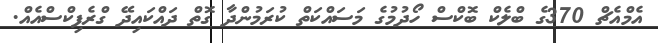
އެމްއެޗް 370ގެ ބްލެކް ބޮކްސް ހޯދުމުގެ މަސައްކަތް ކުރަމުުންދާ ގޮތް ދައްކައިދޭ ގްރެފިކްސްއެއް.